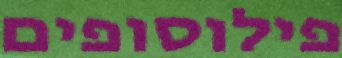
פילוסופים